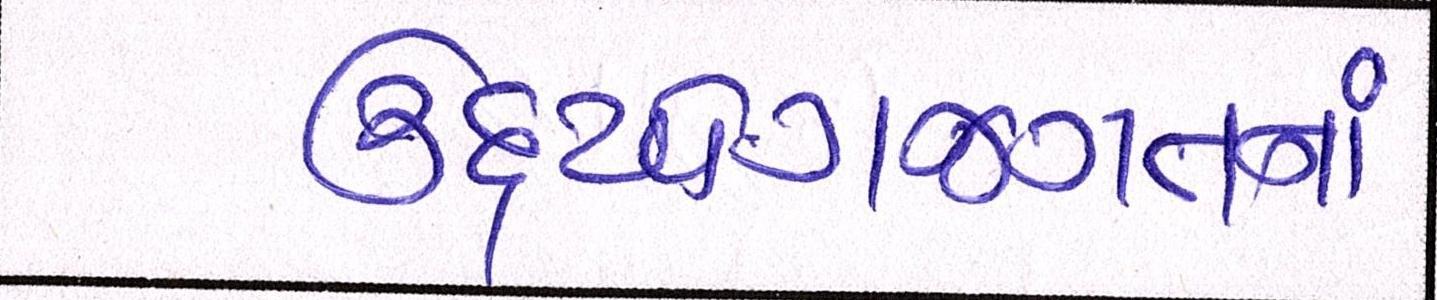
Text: ઉદ્યોગજગતનાં